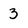
Character: 3